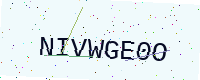
Text: NIVWGE0O